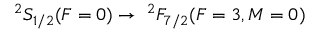
^ { 2 } S _ { 1 / 2 } ( F = 0 ) \to \; ^ { 2 } F _ { 7 / 2 } ( F = 3 , M = 0 )